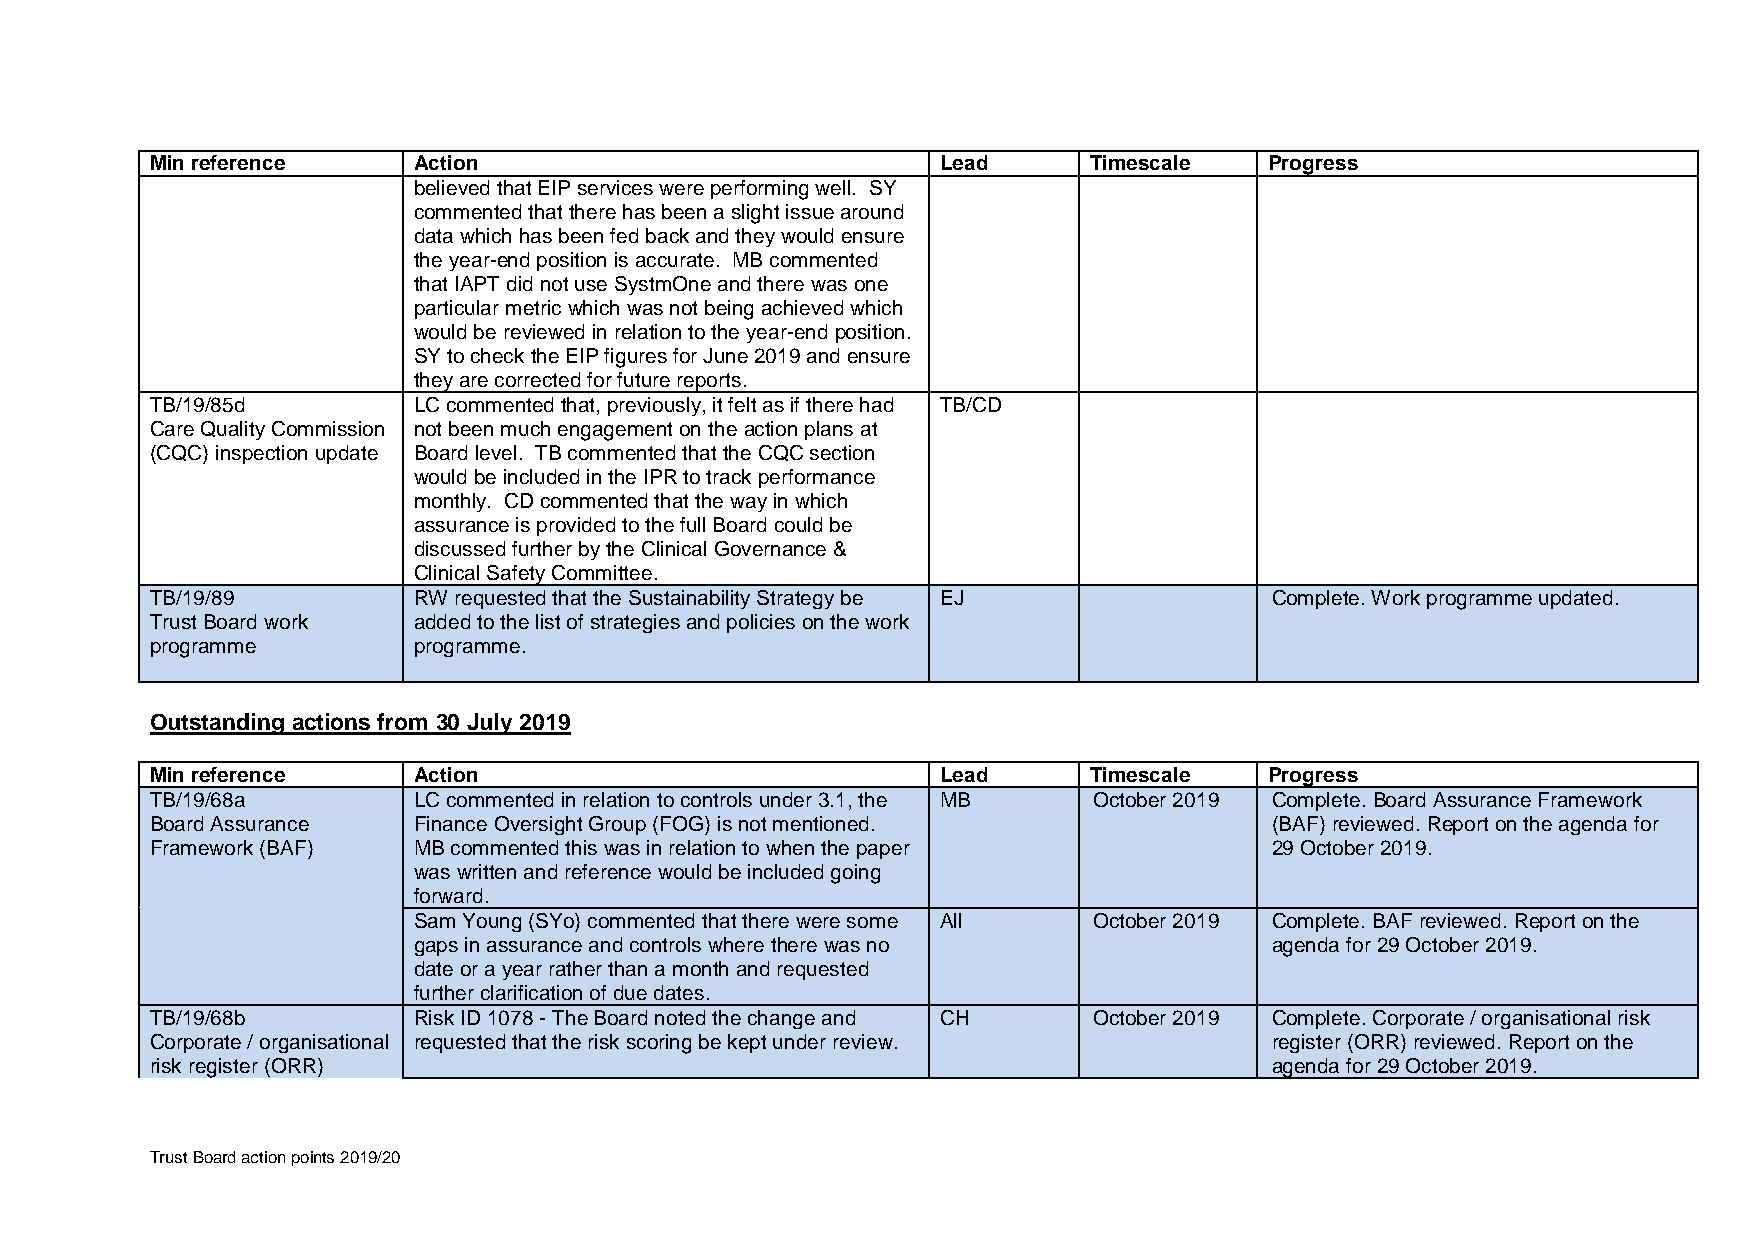
Min reference    Action                             Lead      Timescale   Progress
 believed that EIP services were performing well. SY
 commented that there has been a slight issue around
 data which has been fed back and they would ensure
 the year-end position is accurate. MB commented
 that IAPT did not use SystmOne and there was one
 particular metric which was not being achieved which
 would be reviewed in relation to the year-end position.
 SY to check the EIP figures for June 2019 and ensure
 they are corrected for future reports.
 TB/19/85d        LC commented that, previously, it felt as if there had TB/CD
 Care Quality Commission not been much engagement on the action plans at
 (CQC) inspection update Board level. TB commented that the CQC section
 would be included in the IPR to track performance
 monthly. CD commented that the way in which
 assurance is provided to the full Board could be
 discussed further by the Clinical Governance &
 Clinical Safety Committee.
 TB/19/89         RW requested that the Sustainability Strategy be EJ      Complete. Work programme updated.
 Trust Board work added to the list of strategies and policies on the work
 programme        programme.
 Outstanding actions from 30 July 2019
 Min reference    Action                             Lead      Timescale   Progress
 TB/19/68a        LC commented in relation to controls under 3.1, the MB October 2019 Complete. Board Assurance Framework
 Board Assurance  Finance Oversight Group (FOG) is not mentioned.          (BAF) reviewed. Report on the agenda for
 Framework (BAF)  MB commented this was in relation to when the paper      29 October 2019.
 was written and reference would be included going
 forward.
 Sam Young (SYo) commented that there were some All October 2019 Complete. BAF reviewed. Report on the
 gaps in assurance and controls where there was no        agenda for 29 October 2019.
 date or a year rather than a month and requested
 further clarification of due dates.
 TB/19/68b        Risk ID 1078 - The Board noted the change and CH October 2019 Complete. Corporate / organisational risk
 Corporate / organisational requested that the risk scoring be kept under review. register (ORR) reviewed. Report on the
 risk register (ORR)                                                       agenda for 29 October 2019.
 Trust Board action points 2019/20